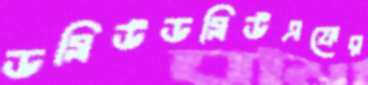
ডব্লিউডব্লিউএফের